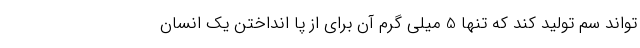
‌تواند سم تولید کند که تنها 5 میلی گرم آن برای از پا انداختن یک انسان